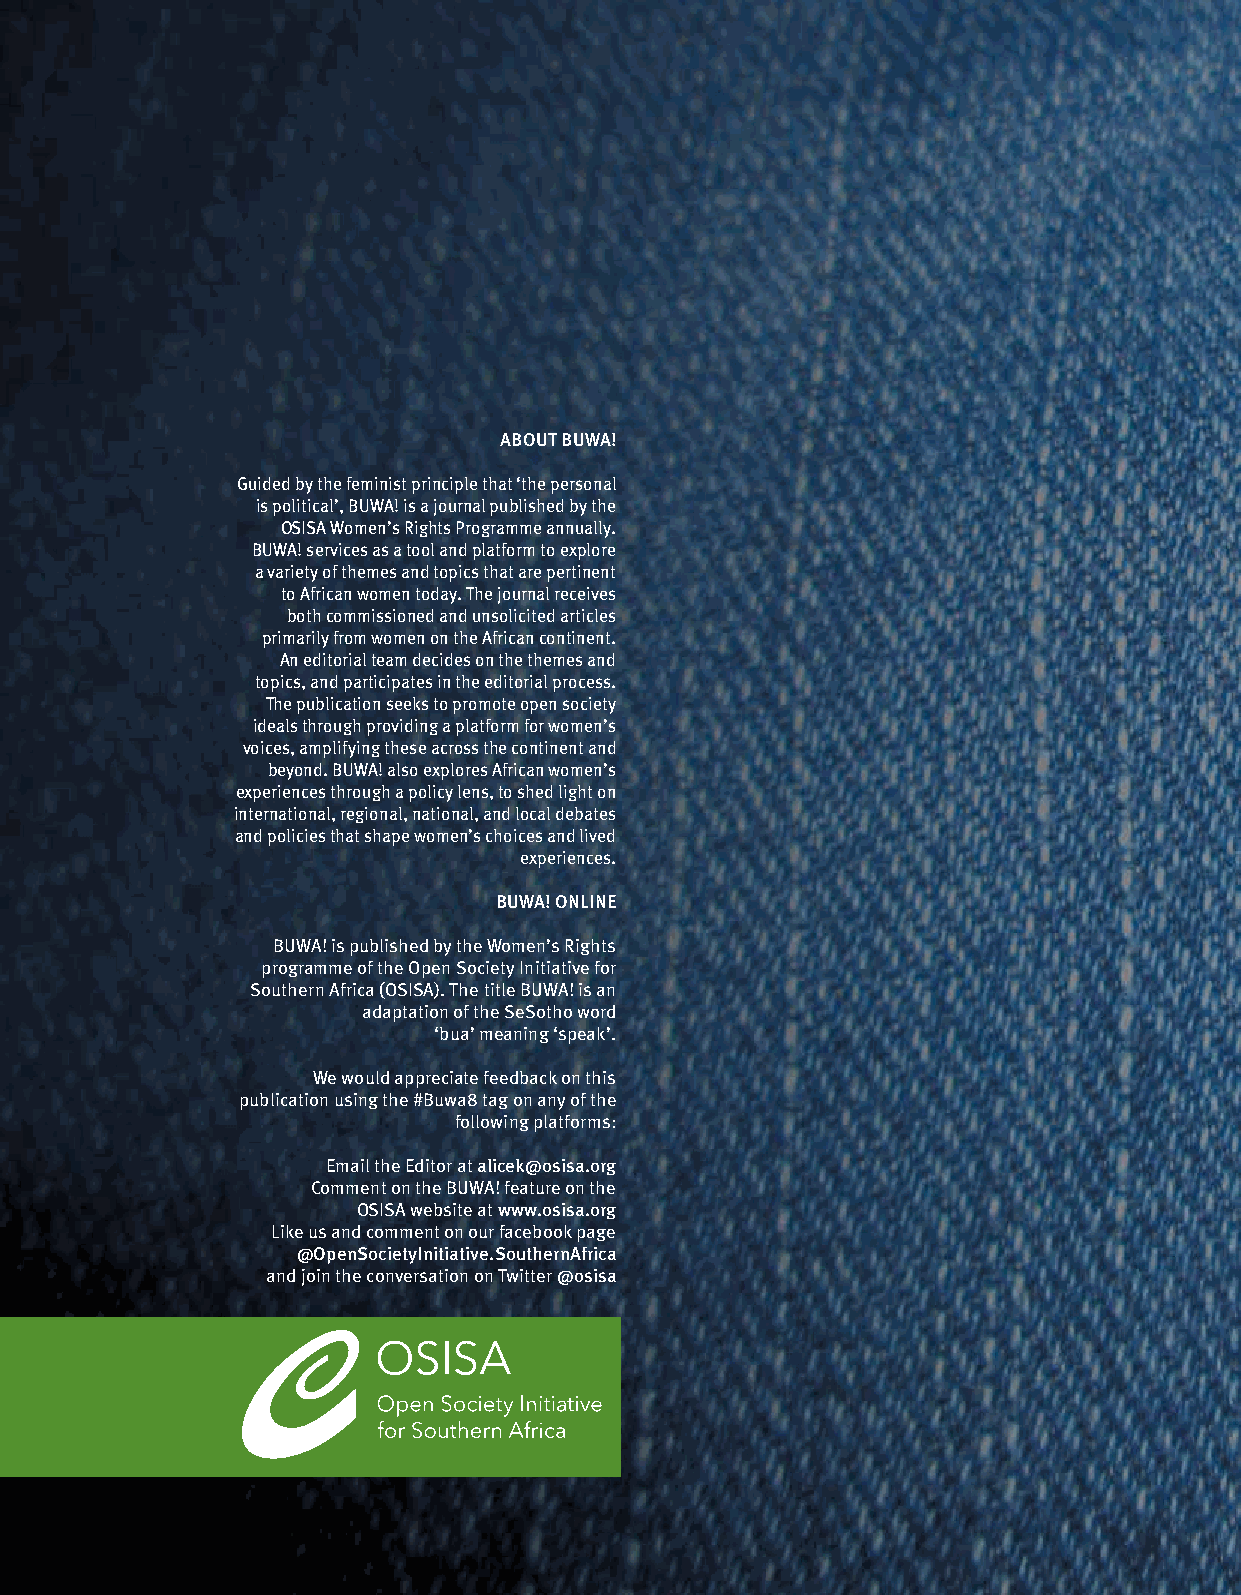
ABOUT BUWA!
 Guided by the feminist principle that ‘the personal
 is political’, BUWA! is a journal published by the
 OSISA Women’s Rights Programme annually.
 BUWA! services as a tool and platform to explore
 a variety of themes and topics that are pertinent
 to African women today. The journal receives
 both commissioned and unsolicited articles
 primarily from women on the African continent.
 An editorial team decides on the themes and
 topics, and participates in the editorial process.
 The publication seeks to promote open society
 ideals through providing a platform for women’s
 voices, amplifying these across the continent and
 beyond. BUWA! also explores African women’s
 experiences through a policy lens, to shed light on
 international, regional, national, and local debates
 and policies that shape women’s choices and lived
 experiences.
 BUWA! ONLINE
 BUWA! is published by the Women’s Rights
 programme of the Open Society Initiative for
 Southern Africa (OSISA). The title BUWA! is an
 adaptation of the SeSotho word
 ‘bua’ meaning ‘speak’.
 We would appreciate feedback on this
 publication using the #Buwa8 tag on any of the
 following platforms:
 Email the Editor at alicek@osisa.org
 Comment on the BUWA! feature on the
 OSISA website at www.osisa.org
 Like us and comment on our facebook page
 @OpenSocietyInitiative.SouthernAfrica
 and join the conversation on Twitter @osisa